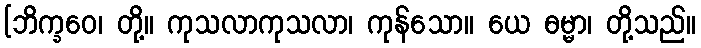
[ဘိက္ခဝေ၊ တို့။ ကုသလာကုသလာ၊ ကုန်သော။ ယေ ဓမ္မာ၊ တို့သည်။